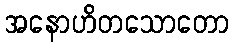
အနောဟိတသောတော